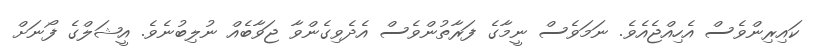
ކައިރިންވެސް އެހިއްޖެއެވެ. ނަމަވެސް ނީމާގެ ފަރާތުންވެސް އެދެވިގެންވާ ޖަވާބެއް ނުލިބުނެވެ. އީޝަލްގެ ފޯނަށް